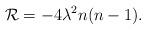
LaTeX: \begin{align*}{\cal{R}}=-4\lambda^2n(n-1).\end{align*}